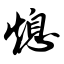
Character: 熄